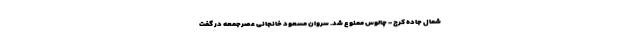
شمال جاده کرج - چالوس ممنوع شد. سروان مسعود خانجانی عصرجمعه در گفت